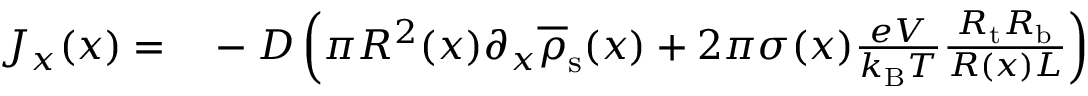
\begin{array} { r l } { J _ { x } ( x ) = } & { { } - D \left( \pi R ^ { 2 } ( x ) \partial _ { x } \overline { { \rho } } _ { \mathrm { s } } ( x ) + 2 \pi \sigma ( x ) \frac { e V } { k _ { \mathrm { B } } T } \frac { R _ { \mathrm { t } } R _ { \mathrm { b } } } { R ( x ) L } \right) } \end{array}